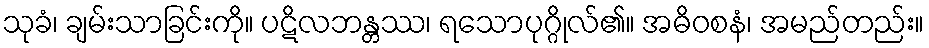
သုခံ၊ ချမ်းသာခြင်းကို။ ပဋိလဘန္တဿ၊ ရသောပုဂ္ဂိုလ်၏။ အဓိဝစနံ၊ အမည်တည်း။